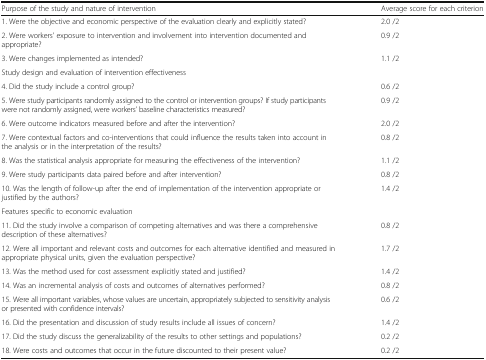
<table><thead><tr><td><b>Purpose of the study and nature of intervention</b></td><td><b>Average score for each criterion</b></td></tr></thead><tbody><tr><td>1. Were the objective and economic perspective of the evaluation clearly and explicitly stated?</td><td>2.0 /2</td></tr><tr><td>2. Were workers’ exposure to intervention and involvement into intervention documented and appropriate?</td><td>0.9 /2</td></tr><tr><td>3. Were changes implemented as intended?</td><td>1.1 /2</td></tr><tr><td>Study design and evaluation of intervention effectiveness</td><td></td></tr><tr><td>4. Did the study include a control group?</td><td>0.6 /2</td></tr><tr><td>5. Were study participants randomly assigned to the control or intervention groups? If study participants were not randomly assigned, were workers’ baseline characteristics measured?</td><td>0.9 /2</td></tr><tr><td>6. Were outcome indicators measured before and after the intervention?</td><td>2.0 /2</td></tr><tr><td>7. Were contextual factors and co-interventions that could influence the results taken into account in the analysis or in the interpretation of the results?</td><td>0.8 /2</td></tr><tr><td>8. Was the statistical analysis appropriate for measuring the effectiveness of the intervention?</td><td>1.1 /2</td></tr><tr><td>9. Were study participants data paired before and after intervention?</td><td>0.8 /2</td></tr><tr><td>10. Was the length of follow-up after the end of implementation of the intervention appropriate or justified by the authors?</td><td>1.4 /2</td></tr><tr><td>Features specific to economic evaluation</td><td></td></tr><tr><td>11. Did the study involve a comparison of competing alternatives and was there a comprehensive description of these alternatives?</td><td>0.8 /2</td></tr><tr><td>12. Were all important and relevant costs and outcomes for each alternative identified and measured in appropriate physical units, given the evaluation perspective?</td><td>1.7 /2</td></tr><tr><td>13. Was the method used for cost assessment explicitly stated and justified?</td><td>1.4 /2</td></tr><tr><td>14. Was an incremental analysis of costs and outcomes of alternatives performed?</td><td>0.8 /2</td></tr><tr><td>15. Were all important variables, whose values are uncertain, appropriately subjected to sensitivity analysis or presented with confidence intervals?</td><td>0.6 /2</td></tr><tr><td>16. Did the presentation and discussion of study results include all issues of concern?</td><td>1.4 /2</td></tr><tr><td>17. Did the study discuss the generalizability of the results to other settings and populations?</td><td>0.2 /2</td></tr><tr><td>18. Were costs and outcomes that occur in the future discounted to their present value?</td><td>0.2 /2</td></tr></tbody></table>